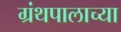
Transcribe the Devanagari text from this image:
ग्रंथपालाच्या